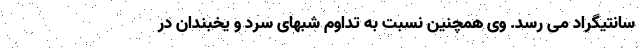
سانتیگراد می رسد. وی همچنین نسبت به تداوم شبهای سرد و یخبندان در